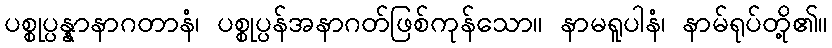
ပစ္စုပ္ပန္နာနာဂတာနံ၊ ပစ္စုပ္ပန်အနာဂတ်ဖြစ်ကုန်သော။ နာမရူပါနံ၊ နာမ်ရုပ်တို့၏။